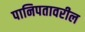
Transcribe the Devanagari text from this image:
पानिपतावरील